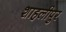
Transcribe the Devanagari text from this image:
शाहलीपुर